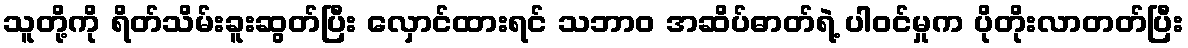
သူတို့ကို ရိတ်သိမ်းခူးဆွတ်ပြီး လှောင်ထားရင် သဘာဝ အဆိပ်ဓာတ်ရဲ့ ပါဝင်မှုက ပိုတိုးလာတတ်ပြီး